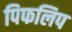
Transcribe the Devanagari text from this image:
पिफलिप